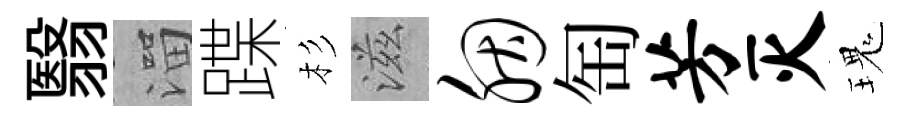
翳溜蹀杉滋胭匋芳灭瑰